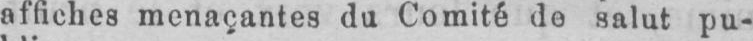
affiches menaçantes du Comité de salut pu-